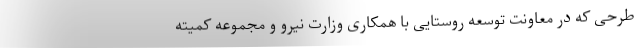
طرحی که در معاونت توسعه روستایی با همکاری وزارت نیرو و مجموعه کمیته